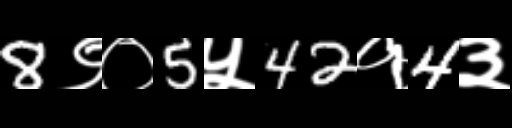
Text: 8९०5५42१4३